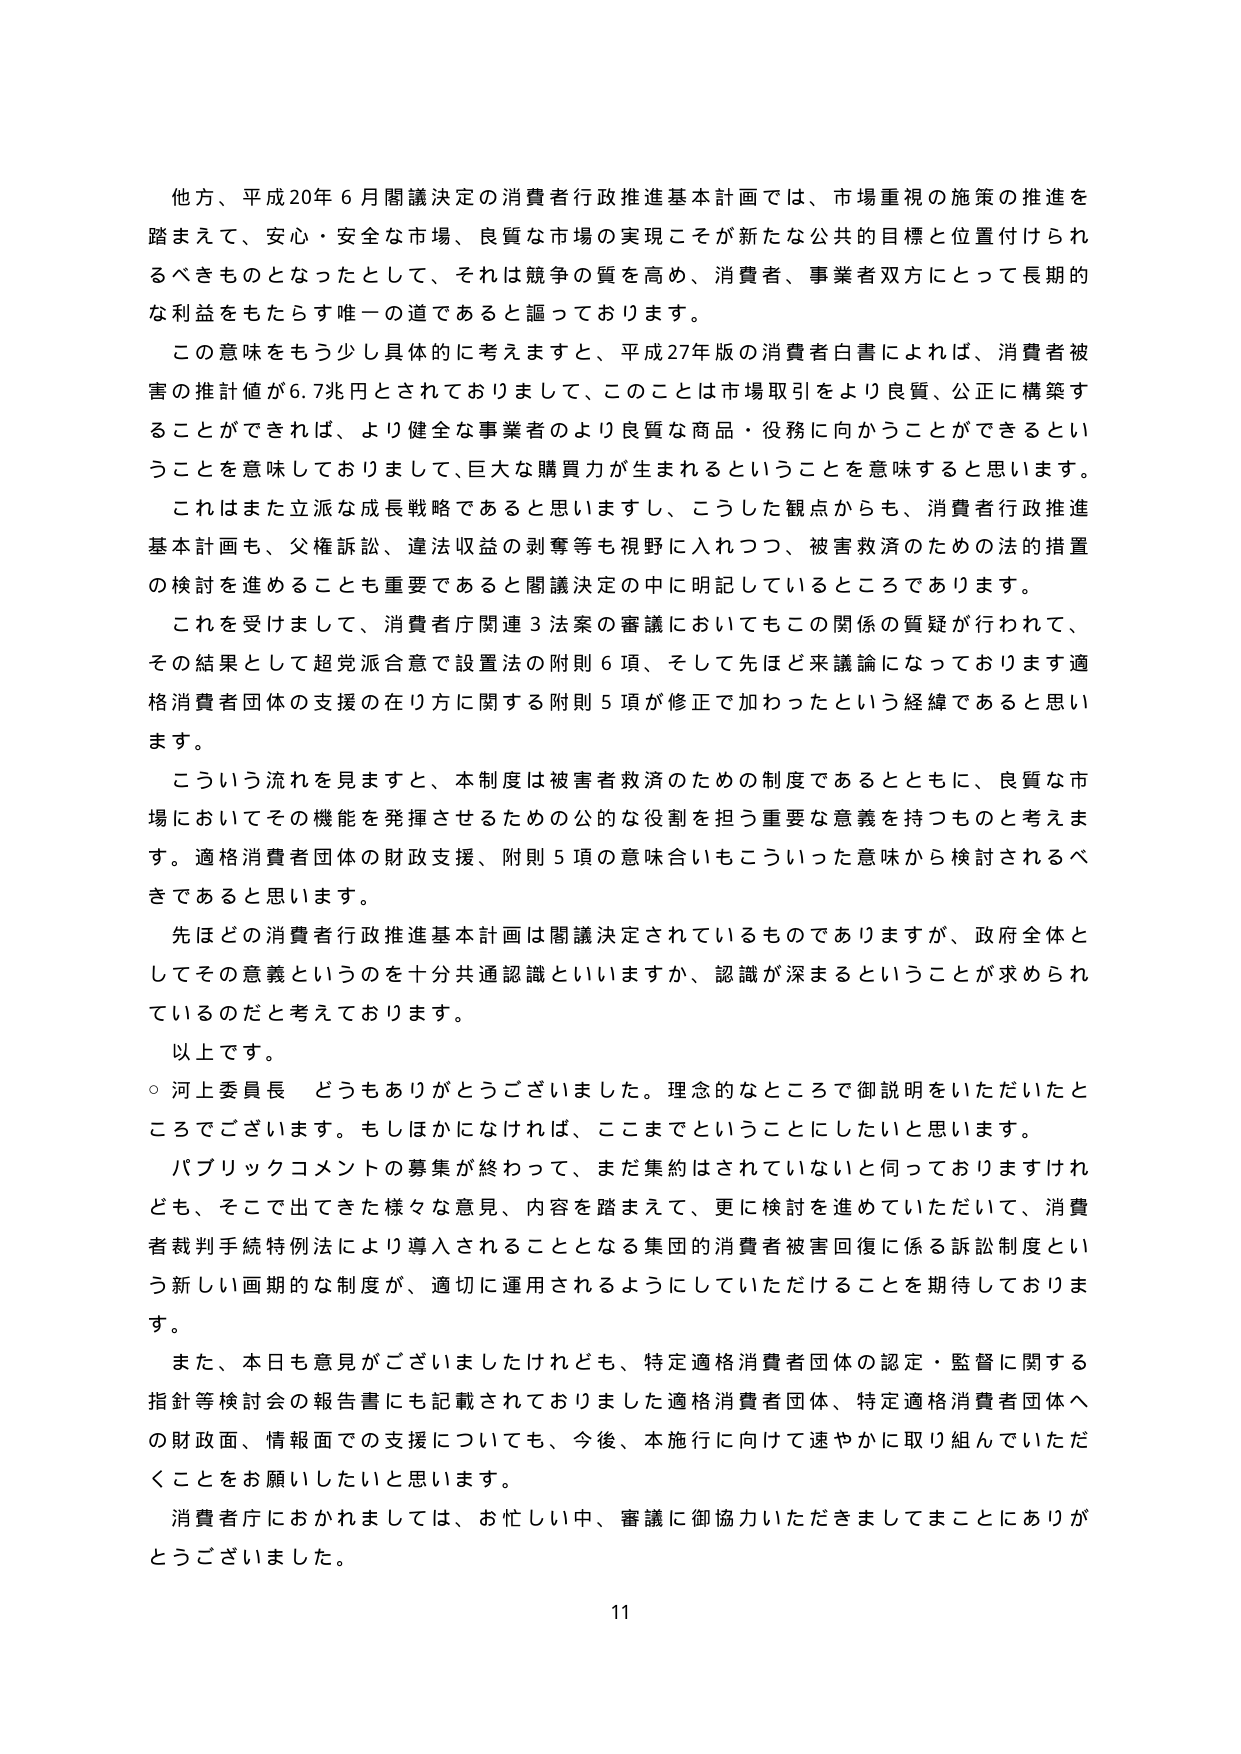
他方、平成20年6月閣議決定の消費者行政推進基本計画では、市場重視の施策の推進を踏まえて、安心・安全な市場、良質な市場の実現こそが新たな公共の目標と位置付けられるべきものとなったとして、それは競争の質を高め、消費者、事業者双方にとって長期的な利益をもたらす唯一の道であると謳っております。

この意味をもう少し具体的に考えますと、平成27年版の消費者白書によれば、消費者被害の推計値が6.7兆円とされておりまして、このことは市場取引をより良質、公正に構築することができれば、より健全な事業者のより良質な商品・役務に向かうことができるということを意味しておりまして、巨大な購買力が生まれるということを意味すると思います。

これはまた立派な成長戦略であると思いますし、こうした観点からも、消費者行政推進基本計画も、父権訴訟、違法収益の剥奪等も視野に入れつつ、被害救済のための法的措置の検討を進めることも重要であると閣議決定の中に明記しているところであります。

これを受けまして、消費者庁関連3法案の審議においてもこの関係の質疑が行われて、その結果として超党派合意で設置法の附則6項、そして先ほど来議論になっております適格消費者団体の支援の在り方に関する附則5項が修正で加わったという経緯であると思います。

こういう流れを見ますと、本制度は被害者救済のための制度であるとともに、良質な市場においてその機能を発揮させるための公的な役割を担う重要な意義を持つものと考えます。適格消費者団体の財政支援、附則5項の意味合いもこういった意味から検討されるべきであると思います。

先ほどの消費者行政推進基本計画は閣議決定されているものでありますが、政府全体としてその意義というのを十分共通認識といいますか、認識が深まるということが求められているのだと考えております。

以上です。

○ 河上委員長 どうもありがとうございました。理念的なところで御説明をいただいたところでございます。もしひかになければ、ここまでということにしたいと思います。

パブリックコメントの募集が終わって、まだ集約はされていないと伺っておりますけれども、そこで出てきた様々な意見、内容を踏まえて、更に検討を進めていただいて、消費者裁判手続特例法により導入されることとなる集団的消費者被害回復に係る訴訟制度という新しい画期的な制度が、適切に運用されるようにしていただけることを期待しております。

また、本日も意見がございましたけれども、特定適格消費者団体の認定・監督に関する指針等検討会の報告書にも記載されておりました適格消費者団体、特定適格消費者団体への財政面、情報面での支援についても、今後、本施行に向けて速やかに取り組んでいただくことをお願いしたいと思います。

消費者庁におかれましては、お忙しい中、審議に御協力いただきましてまことにありがとうございました。

11